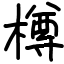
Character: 樽